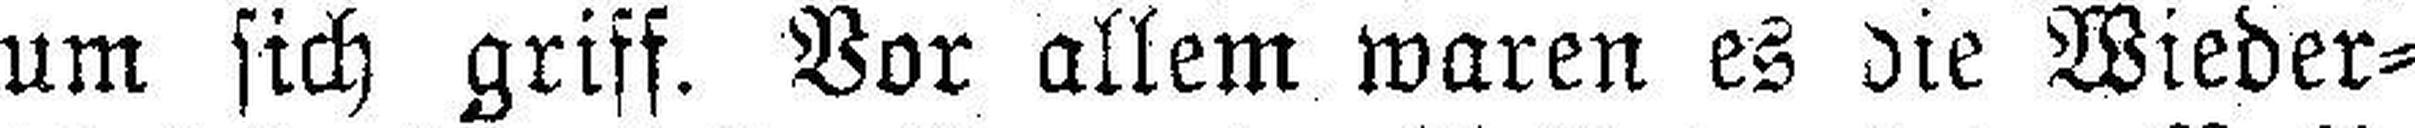
um sich griff. Vor allem waren es die Wieder¬